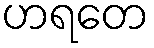
ဟရတေ